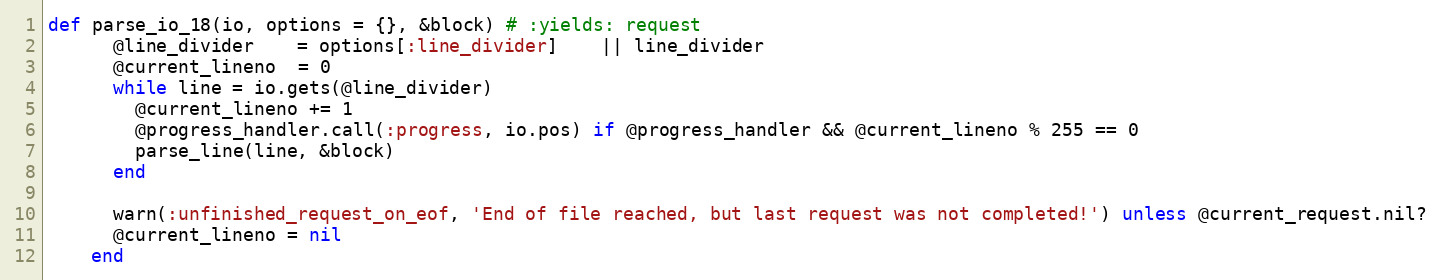
Language: Ruby
def parse_io_18(io, options = {}, &block) # :yields: request
      @line_divider    = options[:line_divider]    || line_divider
      @current_lineno  = 0
      while line = io.gets(@line_divider)
        @current_lineno += 1
        @progress_handler.call(:progress, io.pos) if @progress_handler && @current_lineno % 255 == 0
        parse_line(line, &block)
      end

      warn(:unfinished_request_on_eof, 'End of file reached, but last request was not completed!') unless @current_request.nil?
      @current_lineno = nil
    end